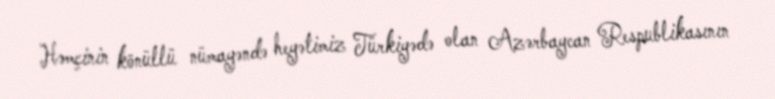
Həmçinin könüllü nümayəndə heyətimiz Türkiyədə olan Azərbaycan Respublikasının